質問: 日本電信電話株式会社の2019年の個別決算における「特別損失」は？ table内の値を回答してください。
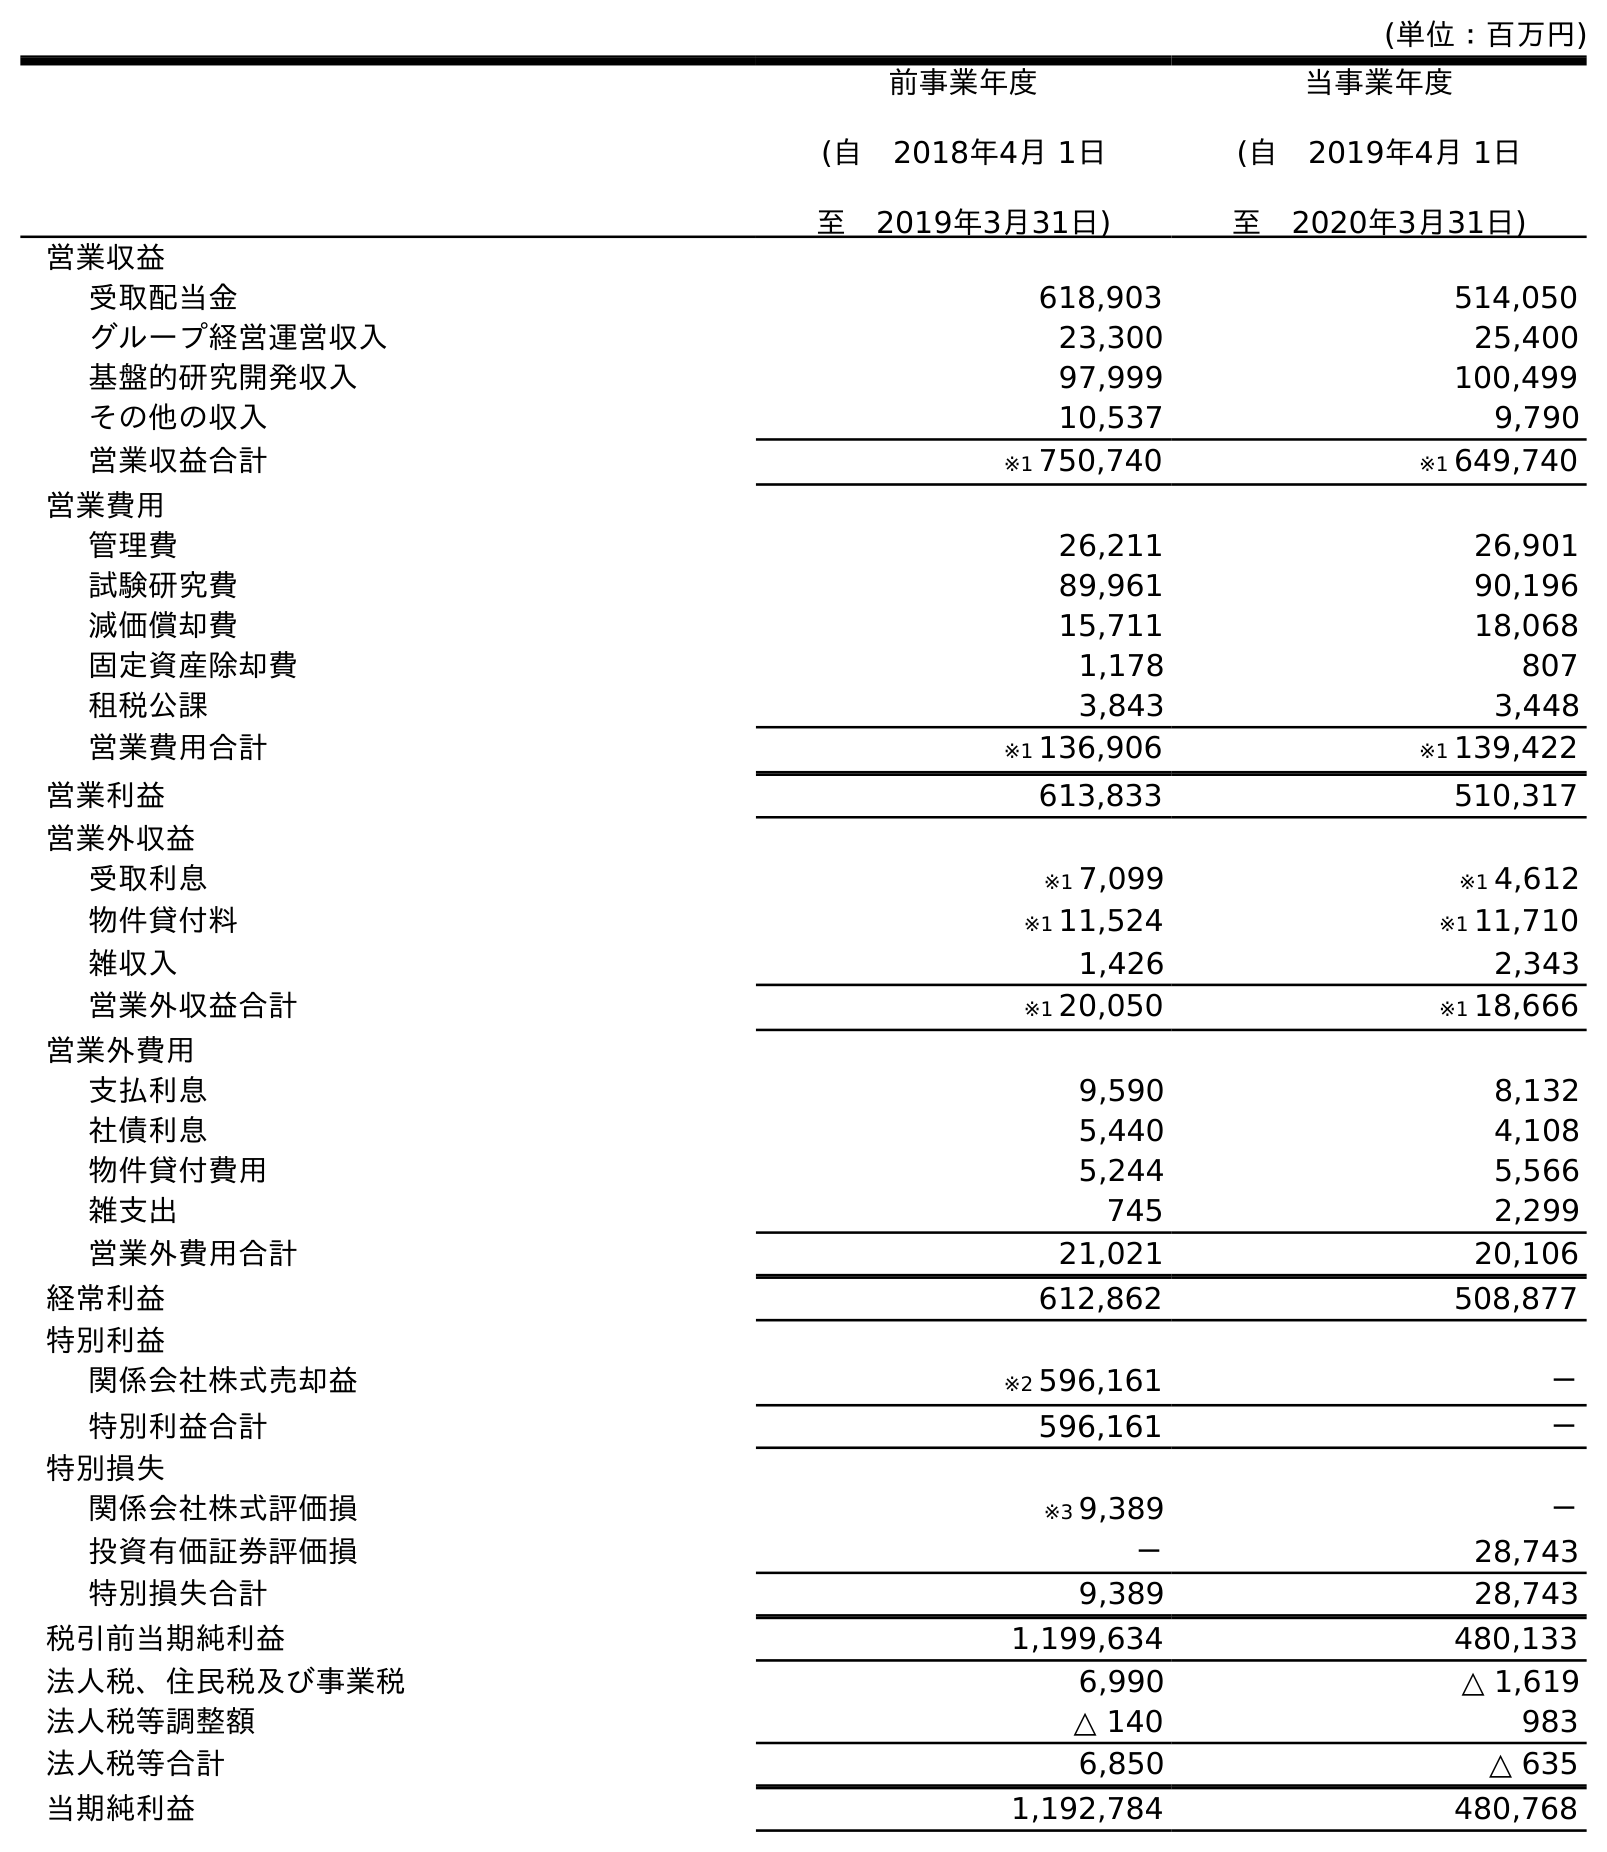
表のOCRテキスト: (単位：百万円) 前事業年度 (自 2018年4月 1日 至 2019年3月31日) 当事業年度 (自 2019年4月 1日 至 2020年3月31日) 営業収益 受取配当金 618,903 514,050 グループ経営運営収入 23,300 25,400 基盤的研究開発収入 97,999 100,499 その他の収入 10,537 9,790 営業収益合計 ※1 750,740 ※1 649,740 営業費用 管理費 26,211 26,901 試験研究費 89,961 90,196 減価償却費 15,711 18,068 固定資産除却費 1,178 807 租税公課 3,843 3,448 営業費用合計 ※1 136,906 ※1 139,422 営業利益 613,833 510,317 営業外収益 受取利息 ※1 7,099 ※1 4,612 物件貸付料 ※1 11,524 ※1 11,710 雑収入 1,426 2,343 営業外収益合計 ※1 20,050 ※1 18,666 営業外費用 支払利息 9,590 8,132 社債利息 5,440 4,108 物件貸付費用 5,244 5,566 雑支出 745 2,299 営業外費用合計 21,021 20,106 経常利益 612,862 508,877 特別利益 関係会社株式売却益 ※2 596,161 － 特別利益合計 596,161 － 特別損失 関係会社株式評価損 ※3 9,389 － 投資有価証券評価損 － 28,743 特別損失合計 9,389 28,743 税引前当期純利益 1,199,634 480,133 法人税、住民税及び事業税 6,990 △ 1,619 法人税等調整額 △ 140 983 法人税等合計 6,850 △ 635 当期純利益 1,192,784 480,768
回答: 9,389